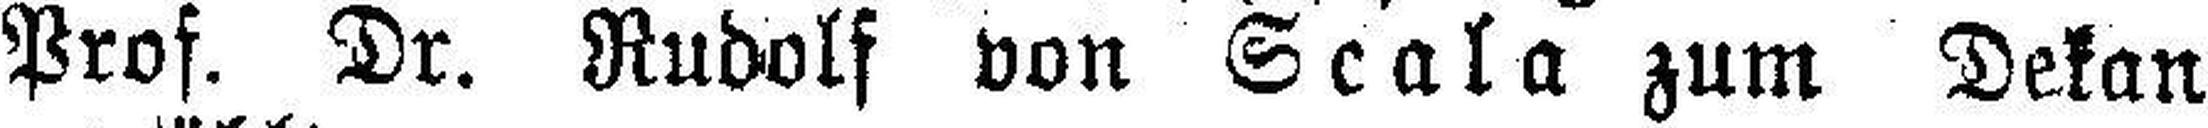
Prof. Dr. Rudolf von Scala zum Dekan